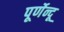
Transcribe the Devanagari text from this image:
पूर्णेन्दू